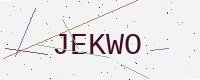
Text: JEKWO